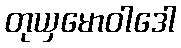
တုယှမောဝါဒေါ